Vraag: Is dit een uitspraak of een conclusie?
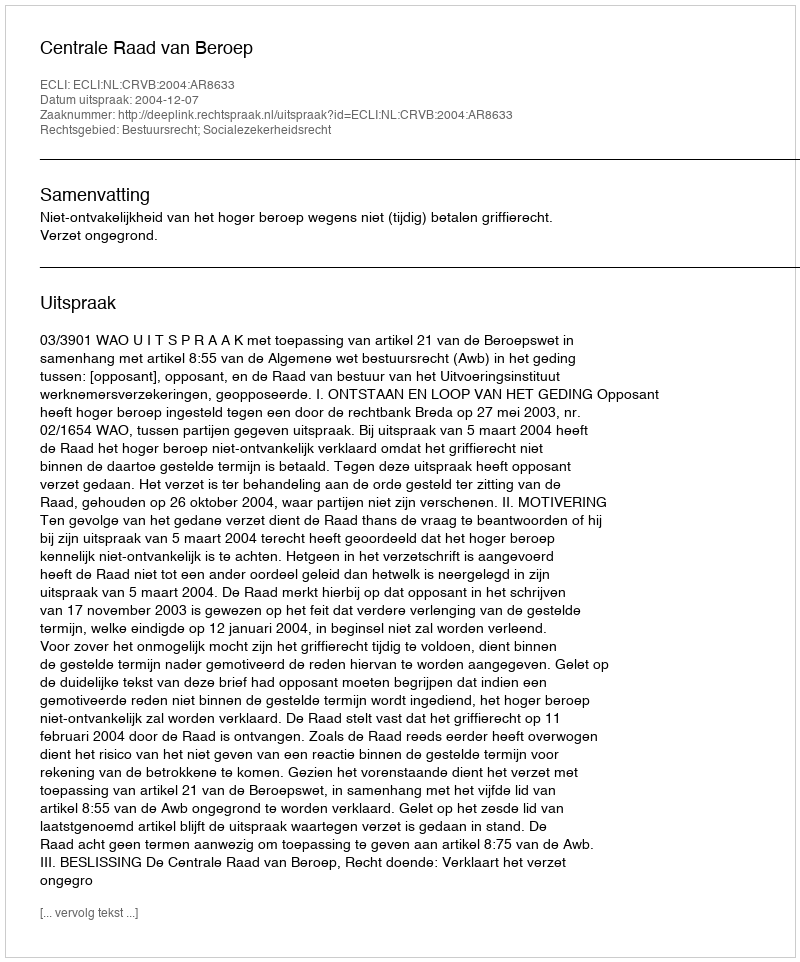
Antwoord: Uitspraak